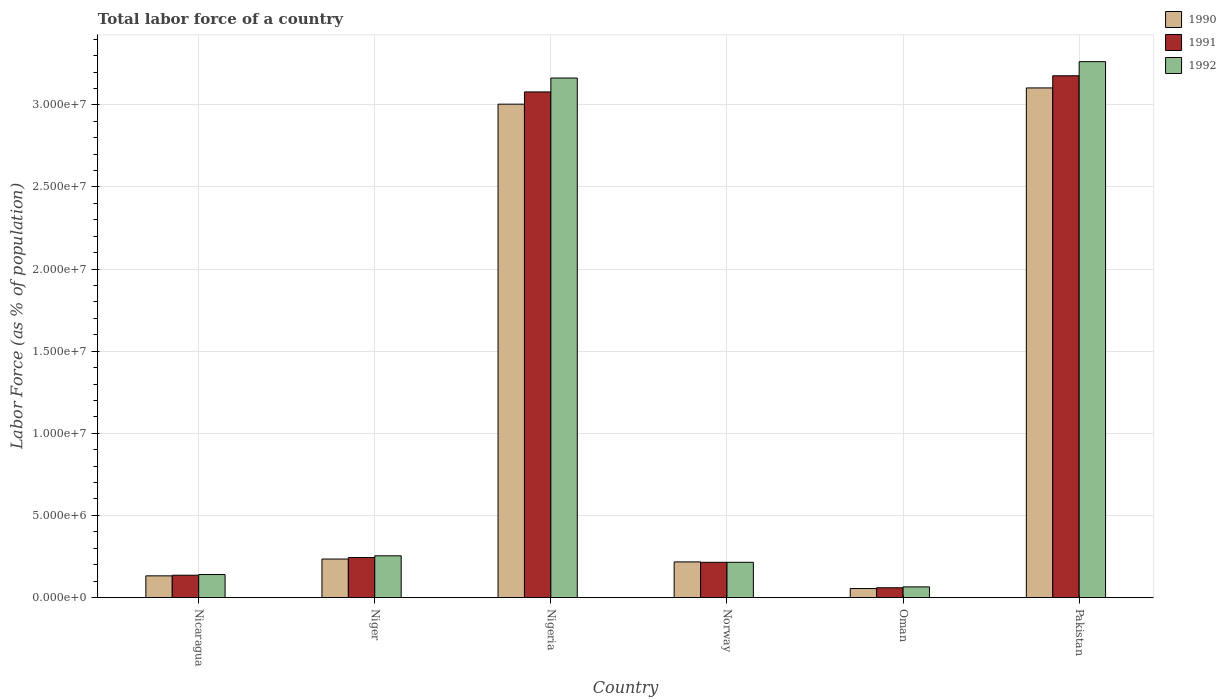
| Country | 1990 | 1991 | 1992 |
 | --- | --- | --- | --- |
 | Nicaragua | 1.32e+06 | 1.36e+06 | 1.4e+06 |
 | Niger | 2.34e+06 | 2.44e+06 | 2.54e+06 |
 | Nigeria | 3e+07 | 3.08e+07 | 3.16e+07 |
 | Norway | 2.17e+06 | 2.14e+06 | 2.14e+06 |
 | Oman | 5.48e+05 | 5.94e+05 | 6.48e+05 |
 | Pakistan | 3.1e+07 | 3.18e+07 | 3.26e+07 |